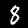
Label: 8